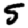
Digit: 5